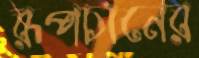
রূপচানের